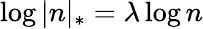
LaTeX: \log|n|_{*}=\lambda\log n